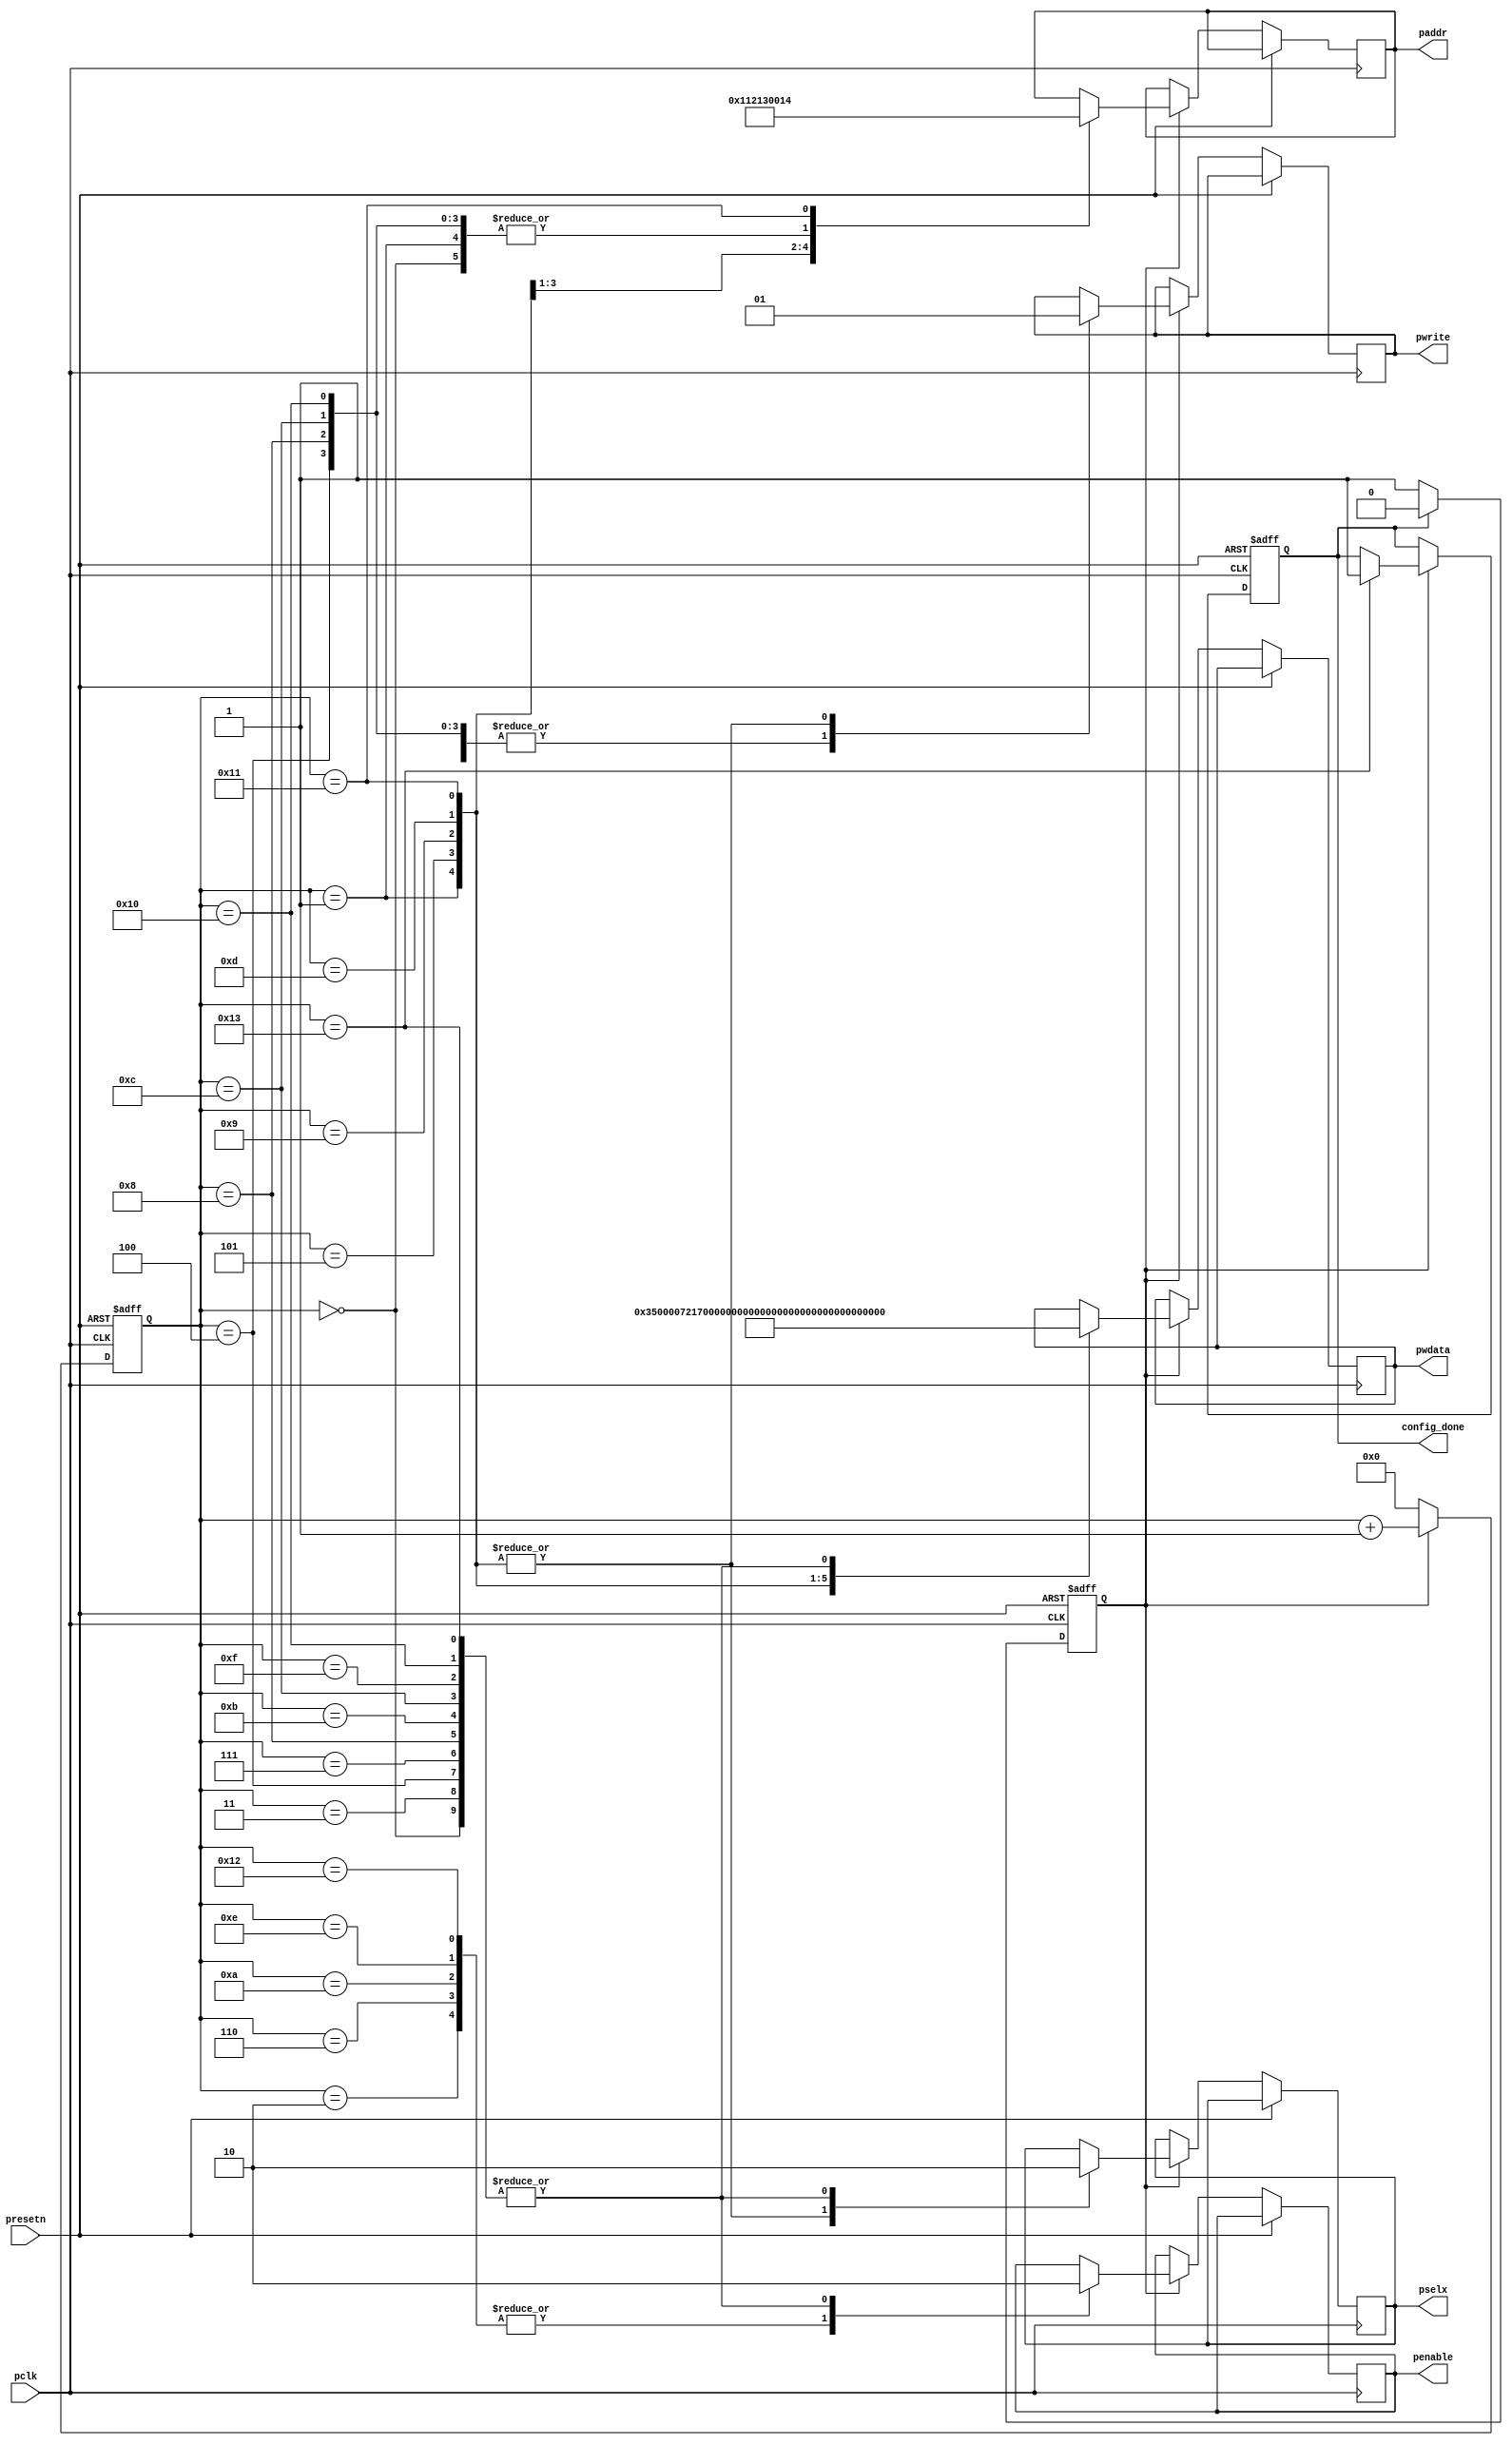
//************************************************************************
//Copyright (c) 2015, PANGO MICROSYSTEMS,INC
//All Rights Reserved
//************************************************************************
`timescale 1ns / 1ns
module config_reg  # (
    parameter SPEED_TYPE = "10/100/1000M_MAC"
)
(
  input               pclk        ,
  input               presetn     ,  
  output  reg         pselx       , 
  output  reg         pwrite      ,
  output  reg         penable     ,
  output  reg   [7:0] paddr       , 
  output  reg  [31:0] pwdata      ,
  output  reg         config_done
);

reg  config_start;
//reg  config_done;
reg         [9:0] hstcnt      ;
parameter  TP=1; 
parameter [7:0]  MAC1=8'h00,
                 MAC2=8'h01,
                 ADDR_FIR=8'h12,          
                 MAC_L=8'h13,
                 MAC_H=8'h14;

always @ ( posedge pclk or posedge presetn )
begin
     if(presetn)
        config_start<=#TP 1'b0;
     else if(config_done==1'b1)
        config_start<=#TP 1'b0;
     else 
        config_start<=#TP 1'b1;             
end
//-----------------------------------------------------------------
//configure register count,12 period 
always @ ( posedge pclk or posedge presetn ) 
begin
  	if (presetn ) 
      hstcnt  <= #TP 10'h0;
    else if(config_start) 
      hstcnt  <= #TP hstcnt+10'h1;
    else 
      hstcnt  <= #TP 10'h0;     
end
 
always @ ( posedge pclk or posedge presetn)
begin
  if(presetn)
     config_done<=#TP 1'b0;
  else if(config_start) begin
  case(hstcnt)
  0:
    begin
      paddr  <= #TP 8'h0; 
      pselx  <= #TP 1'b0;
      pwrite  <= #TP 1'b0;
      penable <= #TP 1'b0;
      pwdata <= #TP 32'h0000_0000;
    end 
  1:
    begin
      paddr  <= #TP MAC1;
      pselx  <= #TP 1'b1;
      pwrite  <= #TP 1'b1;
      pwdata <= #TP 32'h0000_0035;
    end
  2:  penable <= #TP 1'b1  ;
  3:
    begin                         
      pselx  <= #TP 1'b0;  
      penable <= #TP 1'b0;        
      pwdata <= #TP 32'h0000_0000; 
    end 
                           
  4:
    begin                          
      paddr  <= #TP 8'h00;          
      pselx  <= #TP 1'b0;           
      pwrite  <= #TP 1'b0; 
      penable <= #TP 1'b0;          
      pwdata <= #TP 32'h0000_0000;  
    end  
  5: 
    begin                           
      paddr  <= #TP MAC2;            
      pselx  <= #TP 1'b1;            
      pwrite  <= #TP 1'b1; 
      if(SPEED_TYPE == "10/100M_MAC")           
        pwdata <= #TP 32'h0000_7013|32'h0000_0100; 
      else
        pwdata <= #TP 32'h0000_7017|32'h0000_0200;  
    end                          
  6:  penable <= #TP 1'b1;
  7:
    begin                         
      pselx  <= #TP 1'b0; 
      penable <= #TP 1'b0;         
      pwdata <= #TP 32'h0000_0000; 
    end  
                          
  8:
    begin                         
      paddr  <= #TP 8'h00;         
      pselx  <= #TP 1'b0;          
      pwrite  <= #TP 1'b0;   
      penable <= #TP 1'b0;       
      pwdata <= #TP 32'h0000_0000; 
    end                             
  9:
    begin                          
      paddr  <= #TP ADDR_FIR;       
      pselx  <= #TP 1'b1;           
      pwrite  <= #TP 1'b1;           
      pwdata <= #TP 32'h0000_0480;  
    end                            
  10: penable <= #TP 1'b1 ;
  11:
    begin                           
      pselx  <= #TP 1'b0;
      penable <= #TP 1'b0;            
      pwdata <= #TP 32'h0000_0000;  
    end 

  12:
    begin                         
      paddr  <= #TP 8'h00;         
      pselx  <= #TP 1'b0;          
      pwrite  <= #TP 1'b0;   
      penable <= #TP 1'b0;       
      pwdata <= #TP 32'h0000_0000; 
    end                             
  13:
    begin                          
      paddr  <= #TP MAC_L;       
      pselx  <= #TP 1'b1;           
      pwrite  <= #TP 1'b1;           
      pwdata <= #TP 32'h1020_3040;  
    end                            
  14: penable <= #TP 1'b1 ;
  15:
    begin                           
      pselx  <= #TP 1'b0;
      penable <= #TP 1'b0;            
      pwdata <= #TP 32'h0000_0000;  
    end 

  16:
    begin                         
      paddr  <= #TP 8'h00;         
      pselx  <= #TP 1'b0;          
      pwrite  <= #TP 1'b0;   
      penable <= #TP 1'b0;       
      pwdata <= #TP 32'h0000_0000; 
    end                             
  17:
    begin                          
      paddr  <= #TP MAC_H;       
      pselx  <= #TP 1'b1;           
      pwrite  <= #TP 1'b1;           
      pwdata <= #TP 32'h5060_0000;  
    end                            
  18: penable <= #TP 1'b1 ;
  19:
    begin                           
      pselx  <= #TP 1'b0;
      penable <= #TP 1'b0;            
      pwdata <= #TP 32'h0000_0000;  
      config_done<=#TP 1'b1; 
    end 
  
  default: ;      
  endcase
  end
end    

endmodule